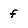
Character: f